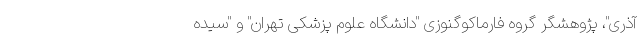
آذری"، پژوهشگر گروه فارماکوگنوزی "دانشگاه علوم پزشکی تهران" و "سیده